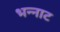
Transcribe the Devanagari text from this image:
भन्‍नाट